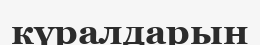
күралдарын